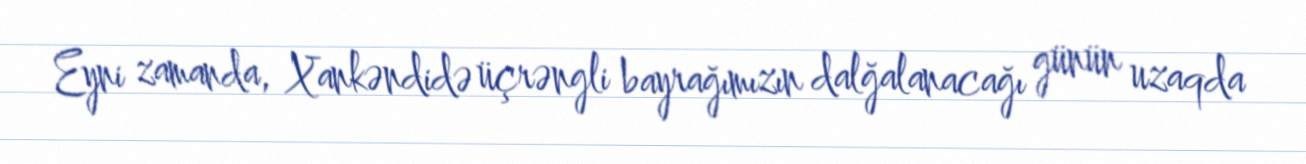
Eyni zamanda, Xankəndidə üçrəngli bayrağımızın dalğalanacağı günün uzaqda